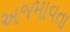
અજમાવતા